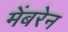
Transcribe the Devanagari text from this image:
मेंबरेन